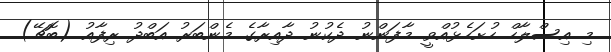
މި އިސްލާހް ހުށަހެޅުއްވީ މާފަންނު ދެކުނު ދާއިރާގެ މެންބަރު އަބްދު ރިފާއު (ބޮޗޭ)